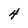
Character: 4